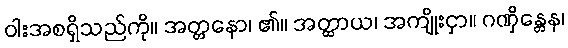
ဝါးအစရှိသည်ကို။ အတ္တနော၊ ၏။ အတ္ထာယ၊ အကျိုးငှာ။ ဂဏှိန္တေန၊